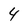
Character: 4